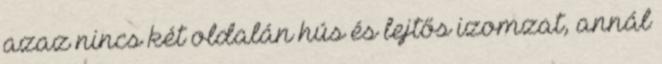
azaz nincs két oldalán hús és lejtős izomzat, annál